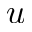
u